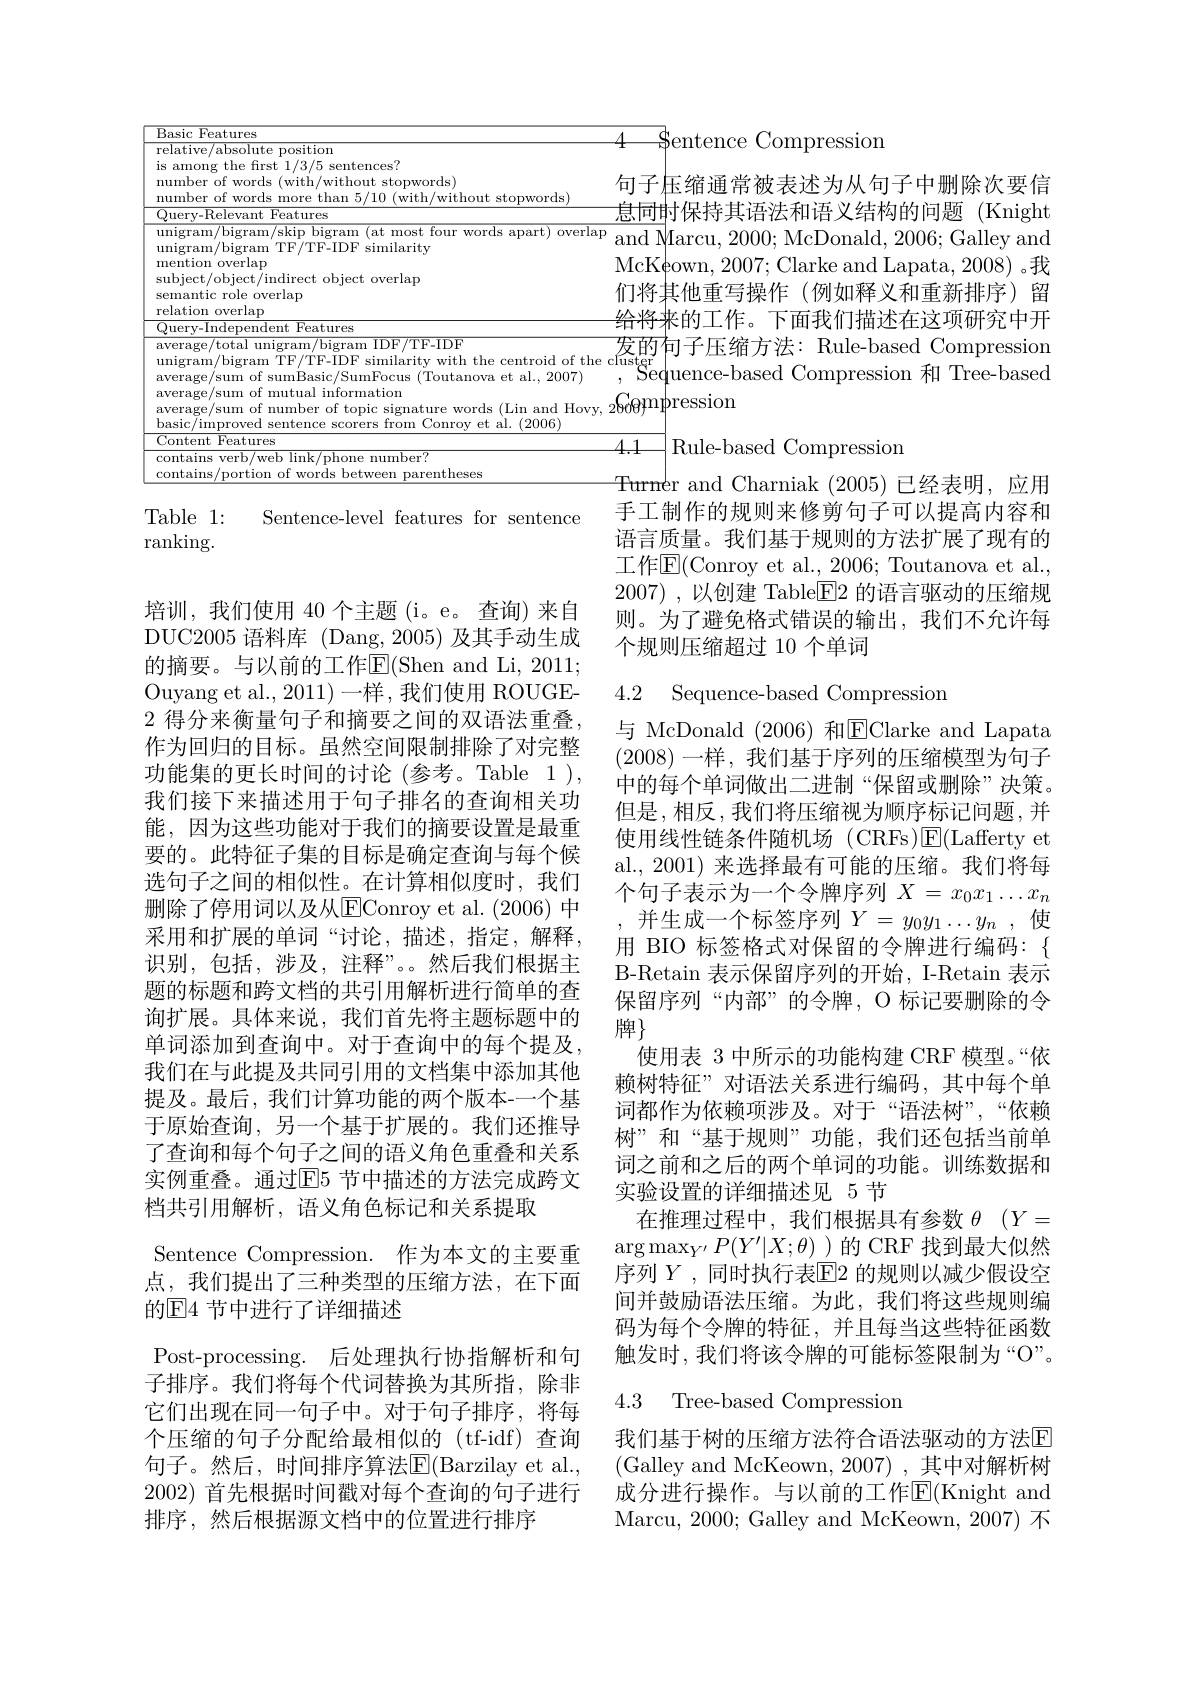
句子压缩通常被表述为从句子中删除次要信息同时保持其语法和语义结构的问题(Knight McKeown, 2007; Clarke and Lapata, 2008)。我们将其他重写操作(例如释义和重新排序)留
<table>
	<tbody>
		<tr>
			<td>$\overline{\text{Basic Features}}$</td>
			<td>1</td>
		</tr>
		<tr>
			<td>$\operatorname{relative/absolute}$ position is among the frst 1/3/5 sentences? number of words (with/without stopwords) number of words more than 5/10 (with/without stopwords)</td>
			<td>句子</td>
		</tr>
		<tr>
			<td>average/total unigram/bigram IDF/TF-IDF unigram/bigram TF/TF-IDF similarity with the centroid of the cl average/sum of sumBasic/SumFocus (Toutanova et al., 2007) average/sum of mutual information average/sum of number of topic signature words (Lin and Hovy, 2 basic/improved sentence scorers from Conroy et al. (2006)</td>
			<td>$\overline{\text{发的}}$ uster hrMI - $(1)=\frac{3}{2}$</td>
		</tr>
		<tr>
			<td>$\overline{\mathrm{Content~Features}}$</td>
			<td>1</td>
		</tr>
		<tr>
			<td>contains verb/web link/phone number? contains/portion of words between parentheses</td>
			<td>士士</td>
		</tr>
		<tr>
			<td>contains/portion of words betweer arentheses</td>
			<td> </td>
		</tr>
	</tbody>
</table>
给将来的工作。下面我们描述在这项研究中开发的句子压缩方法：Rule-based Compression ,Seduence-based Compression 和 Tree-based 4.1 Rule-based Compression
Turmer and Charniak (2005)已经表明，应用

, McDonald, 2006; Galley and
手工制作的规则来修剪句子可以提高内容和语言质量。我们基于规则的方法扩展了现有的工作$\overline{\mathrm{E}}($Conroy et al., 2006; Toutanova et al., 2007) ,以创建 Table$\boxed{\mathrm{E}}2$ 的语言驱动的压缩规则。为了避免格式错误的输出，我们不允许每个规则压缩超过 10 个单词

${\mathrm{Table}}1:$
Sentence-level features for sentence
ranking.

4.2 Sequence-based Compression

与 McDonald (2006)和$\overline{\mathrm{E}}$Clarke and Lapata (2008)一样，我们基于序列的压缩模型为句子中的每个单词做出二进制“保留或删除”决策。但是，相反，我们将压缩视为顺序标记问题，并使用线性链条件随机场 (CRFs)$\boxed{\mathrm{E}}($Lafferty et al., 2001) 来选择最有可能的压缩。我们将每个句子表示为一个令牌序列$X=x_0x_1\ldots x_n$ ,并生成一个标签序列$Y=y_0y_1\ldots y_n$ ,使用 BIO 标签格式对保留的令牌进行编码：\{ B-Retain 表示保留序列的开始，I-Retain 表示保留序列“内部”的令牌，O 标记要删除的令牌$\}$
使用表 3 中所示的功能构建 CRF 模型。“依赖树特征”对语法关系进行编码，其中每个单词都作为依赖项涉及。对于“语法树”,“依赖树”和“基于规则”功能，我们还包括当前单词之前和之后的两个单词的功能。训练数据和实验设置的详细描述见 5 节
在推理过程中，我们根据具有参数$\theta$ $( Y=$ $\arg\max_{Y^{\prime}}P(Y^{\prime}|X;\theta)$ )的 CRF 找到最大似然序列$Y$,同时执行表$\mathbb{E}$的规则以减少假设空间并鼓励语法压缩。为此，我们将这些规则编码为每个令牌的特征，并且每当这些特征函数触发时，我们将该令牌的可能标签限制为“O”。

培训，我们使用 40 个主题(i。e。查询) 来自DUC2005 语料库 (Dang, 2005) 及其手动生成的摘要。与以前的工作E$( Shen and Li, 2011;$ Ouyang et al., 2011)一样，我们使用 ROUGE- 2 得分来衡量句子和摘要之间的双语法重叠， 作为回归的目标。虽然空间限制排除了对完整功能集的更长时间的讨论(参考。Table 1), 我们接下来描述用于句子排名的查询相关功能，因为这些功能对于我们的摘要设置是最重要的。此特征子集的目标是确定查询与每个候选句子之间的相似性。在计算相似度时，我们删除了停用词以及从E$Conroy et al. ( 2006) 中$ 采用和扩展的单词“讨论，描述，指定，解释， 识别，包括，涉及，注释”。然后我们根据主题的标题和跨文档的共引用解析进行简单的查询扩展。具体来说，我们首先将主题标题中的单词添加到查询中。对于查询中的每个提及， 我们在与此提及共同引用的文档集中添加其他提及。最后，我们计算功能的两个版本-一个基于原始查询，另一个基于扩展的。我们还推导了查询和每个句子之间的语义角色重叠和关系实例重叠。通过E5 节中描述的方法完成跨文档共引用解析，语义角色标记和关系提取
Sentence Compression. 作为本文的主要重点，我们提出了三种类型的压缩方法，在下面的$\mathbb{E}$4 节中进行了详细描述
Post-processing. 后处理执行协指解析和句子排序。我们将每个代词替换为其所指，除非它们出现在同一句子中。对于句子排序，将每个压缩的句子分配给最相似的(tf-idf)查询句子。然后，时间排序算法E$( Barzilay et al. $, 2002)首先根据时间戳对每个查询的句子进行排序，然后根据源文档中的位置进行排序

### 4.3 Tree-based Compression

我们基于树的压缩方法符合语法驱动的方法回(Galley and McKeown, 2007) , 其中对解析树成分进行操作。与以前的工作$\mathbb{E}($Knight and Marcu, 2000; Galley and McKeown, 2007) 不

${\Phi}$entence Compression